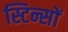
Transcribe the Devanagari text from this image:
स्टिन्सों